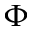
\Phi